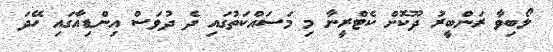
ލޯބިވާ ރަންބީރު ދޫކޮށް ކެޓްރީނާ މި މަސައްކަތުގައި ދެ ދުވަސް އިންޑިއާގައި ހޭދަ